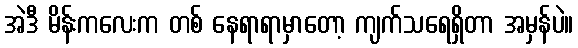
အဲဒီ မိန်းကလေးက တစ် နေရာရာမှာတော့ ကျက်သရေရှိတာ အမှန်ပဲ။